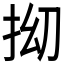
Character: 𫼡